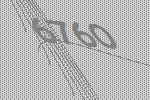
6760